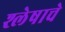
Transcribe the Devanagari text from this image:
श्लेषाचे